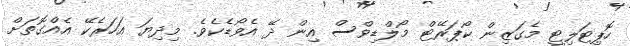
ހޮޕިޓަލިޓީ މެގަޒިން ކޯޕަރޭޓް މޯލްޑިވްސް އިން ދޭ އެވޯޑެކެވެ. މިދިޔަ އަހަރެކޭ އެއްގޮތަށް